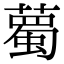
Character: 薥